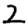
Digit: 2